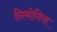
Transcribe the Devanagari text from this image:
निमोमिया